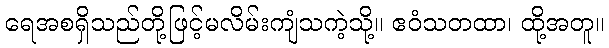
ရေအစရှိသည်တို့ဖြင့်မလိမ်းကျံသကဲ့သို့။ ဧဝံသတထာ၊ ထို့အတူ။